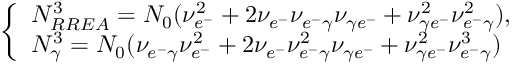
\left\{ \begin{array} { l l } { N _ { R R E A } ^ { 3 } = N _ { 0 } ( \nu _ { e ^ { - } } ^ { 2 } + 2 \nu _ { e ^ { - } } \nu _ { e ^ { - } \gamma } \nu _ { \gamma e ^ { - } } + \nu _ { \gamma e ^ { - } } ^ { 2 } \nu _ { e ^ { - } \gamma } ^ { 2 } ) , } \\ { N _ { \gamma } ^ { 3 } = N _ { 0 } ( \nu _ { e ^ { - } \gamma } \nu _ { e ^ { - } } ^ { 2 } + 2 \nu _ { e ^ { - } } \nu _ { e ^ { - } \gamma } ^ { 2 } \nu _ { \gamma e ^ { - } } + \nu _ { \gamma e ^ { - } } ^ { 2 } \nu _ { e ^ { - } \gamma } ^ { 3 } ) } \end{array} \right.